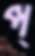
প্